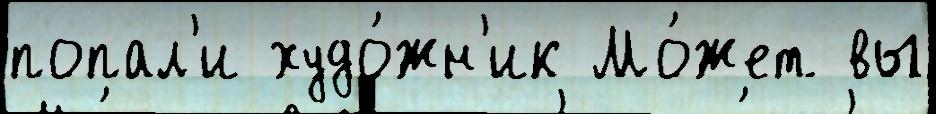
попал'и худо́жн'ик Мо́жет вы